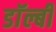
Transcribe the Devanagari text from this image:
डाॅल्बी